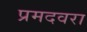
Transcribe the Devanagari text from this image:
प्रमदवरा